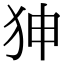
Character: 𤝚